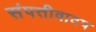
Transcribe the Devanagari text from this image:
संपत्तीवाटप